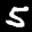
Label: 5